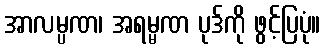
အာလမ္ပဏ၊ အရမ္မဏ ပုဒ်ကို ဖွင့်ပြပုံ။